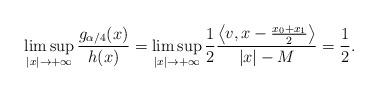
LaTeX: \begin{align*}\limsup_{|x|\to +\infty}\frac{g_{\alpha/4}(x)}{h(x)}=\limsup_{|x|\to +\infty}\frac 1 2\frac{\bigl\langle v, x-\frac{x_0+x_1}{2}\bigr\rangle}{|x|-M}=\frac 1 2.\end{align*}